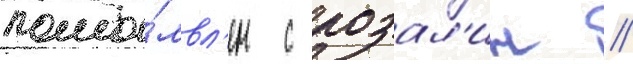
помо́лвл'ен с розал'ин /